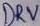
Text: DRV